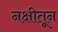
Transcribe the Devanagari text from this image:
नक्षीतून